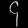
Digit: ၄